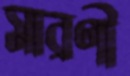
সারণী